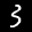
Label: 3